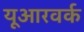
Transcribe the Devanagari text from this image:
यूआरवर्क